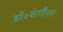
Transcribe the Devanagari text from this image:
डॉ॰संगीता